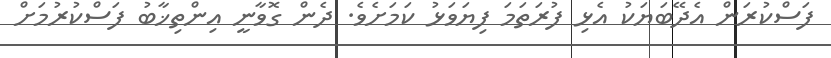
ފަސްކުރަން އެދޭބަޔަކުު އެޅި ފުރަތަމަ ފިޔަވަޅު ކަމަށެވެ. ދެން ގޮވާނީ އިންތިޚާބު ފަސްކުރުމަށް